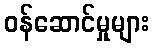
ဝန်ဆောင်မှုများ